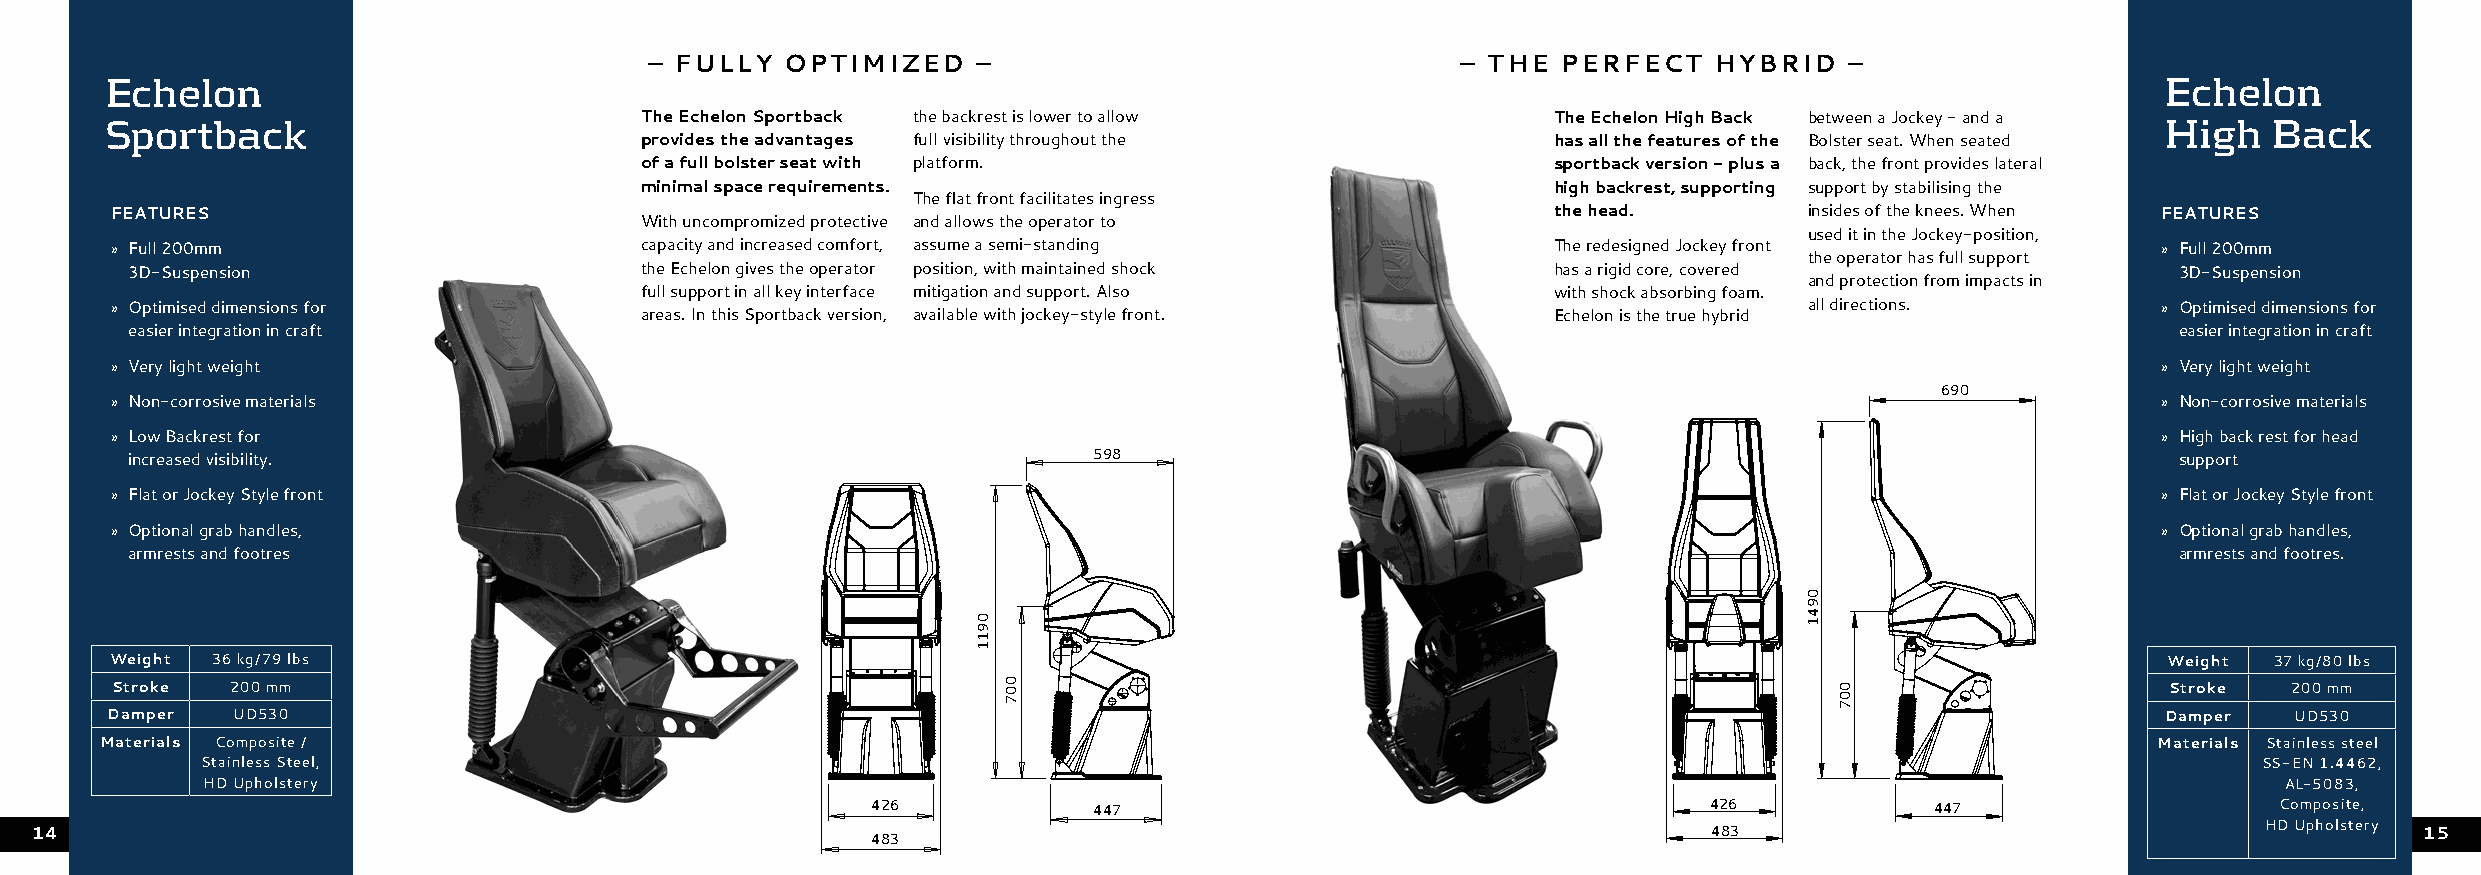
– FULLY  OPTIMIZED    –                               – THE PERFECT   HYBRID   –
 Echelon                                                                                                                                 Echelon
 Sportback                          The Echelon Sportback the backrest is lower to allow         The Echelon High Back between a Jockey - and a High Back
 provides the advantages full visibility throughout the       has all the features of the Bolster seat. When seated
 of a full bolster seat with platform.                        sportback version - plus a back, the front provides lateral
 minimal space requirements.                                  high backrest, supporting support by stabilising the
 The flat front facilitates ingress
 FEATURES                                                                                        the head.        insides of the knees. When FEATURES
 With uncompromized protective and allows the operator to
 used it in the Jockey-position,
 » Full 200mm                       capacity and increased comfort, assume a semi-standing       The redesigned Jockey front             » Full 200mm
 the operator has full support
 3D-Suspension                    the Echelon gives the operator position, with maintained shock has a rigid core, covered              3D-Suspension
 and protection from impacts in
 full support in all key interface mitigation and support. Also with shock absorbing foam.
 » Optimised dimensions for                                                                                       all directions.        » Optimised dimensions for
 areas. In this Sportback version, available with jockey-style front. Echelon is the true hybrid
 easier integration in craft                                                                                                            easier integration in craft
 » Very light weight                                                                                                                     » Very light weight
 690
 » Non-corrosive materials                                                                                                               » Non-corrosive materials
 » Low Backrest for                                                                                                                      » High back rest for head
 increased visibility.                                          598                                                                     support
 » Flat or Jockey Style front                                                                                                            » Flat or Jockey Style front
 » Optional grab handles,                                                                                                                » Optional grab handles,
 armrests and footres                                                                                                                   armrests and footres.
 Weight 36 kg/79 lbs                                                                                                                     Weight 37 kg/80 lbs
 Stroke  200 mm                                                                                                                           Stroke  200 mm
 Damper  UD530                                                                                                                           Damper   UD530
 Materials Composite /                                                                                                                   Materials Stainless steel
 Stainless Steel,                                                                                                                         SS-EN 1.4462,
 HD Upholstery                                                                                                                             AL-5083,
 426           447                                      426            447                    Composite,
 HD Upholstery
 14                                                      483                                                    483                                            15
 0911
 007
 0941
 007